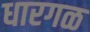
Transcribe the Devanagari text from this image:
धारगळ